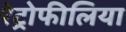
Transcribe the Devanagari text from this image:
रेट्रोफीलिया